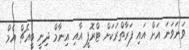
ވަނަވަނަ އަށް އައި ފަރާތްރަކަށް ޓްރޮފީ އާއި އިނާމް ދިނީ ބީއެޗް އެމް